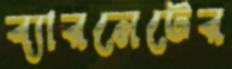
ব্যারনেটের